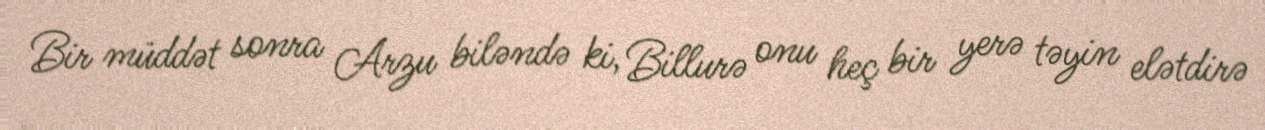
Bir müddət sonra Arzu biləndə ki, Billurə onu heç bir yerə təyin elətdirə